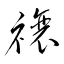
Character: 禳